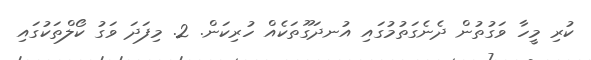
ކުރި މީހާ ވަގުތުން ދެނެގަތުމުގައި އުނދަގޫތަކެއް ހުރިކަން. 2. މިފަދަ ވަގު ކޯލްތަކުގައި